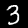
Digit: 3